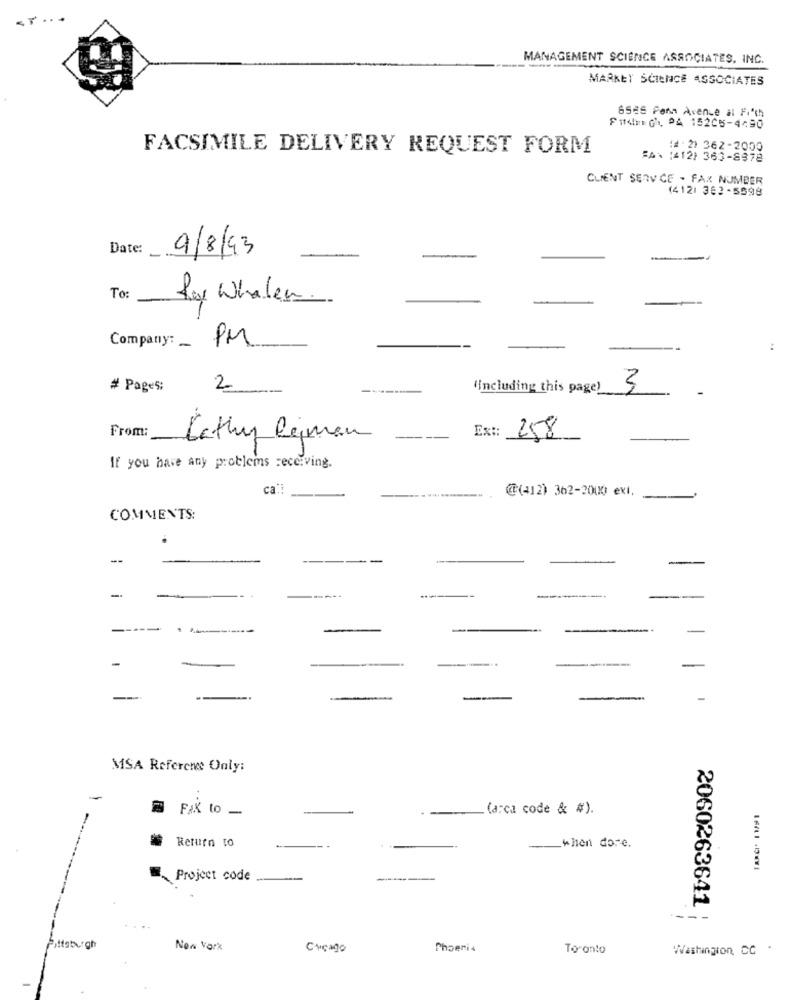
MANAGEMENT SCIENCE ASSOCIATES, INC.
MARKEY SCIENCE ASSOCIATES
6525 Para Avenue al Fioth
Fitdu Ch, PA 152C5-4490
FACSIMILE DELIVERY REQUEST FORM
(# : 2) 362-2000
:A: (412) 363-8878
CLIENT SERVICE - FAX NUMBER
(4121 363-5598
Date:
9/8/93
To
Ray Wholen.
Company: PM
# Pages:
2
(including this page)
3
From:
Cathy Reimen
Ex:
258
If you have any problems receiving.
ca !!
--...
@(412) 362-2000 exi.
COMMENTS:
--
-
-----
-
-
-
MSA Reference Only:
FIX 10 -
(arca code & #).
Return to
-
when dore.
Project code
2060263641
Fittathigh
New York
Cvcago
Phoeni4
Toronto
Washington, CO .